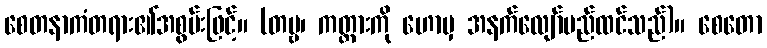
စေတနာကံတရား၏အစွမ်းဖြင့်။ (တဗ္ဗ၊ ကတ္တားကို ဟောမှ အနက်လျော်မည်ထင်သည်)။ စေတော